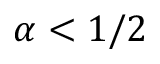
\alpha < 1 / 2